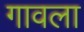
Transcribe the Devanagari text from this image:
गावला